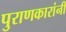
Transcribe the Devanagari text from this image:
पुराणकारांनी